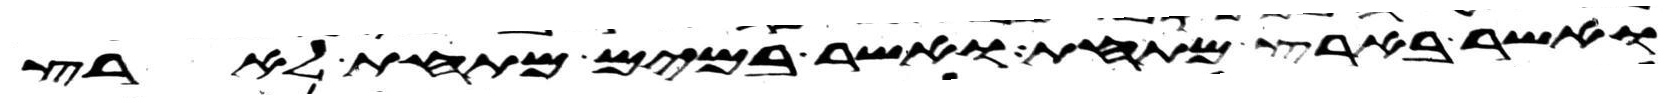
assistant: ואשר בארץ מתחת ואשר במים מתחת לארץ